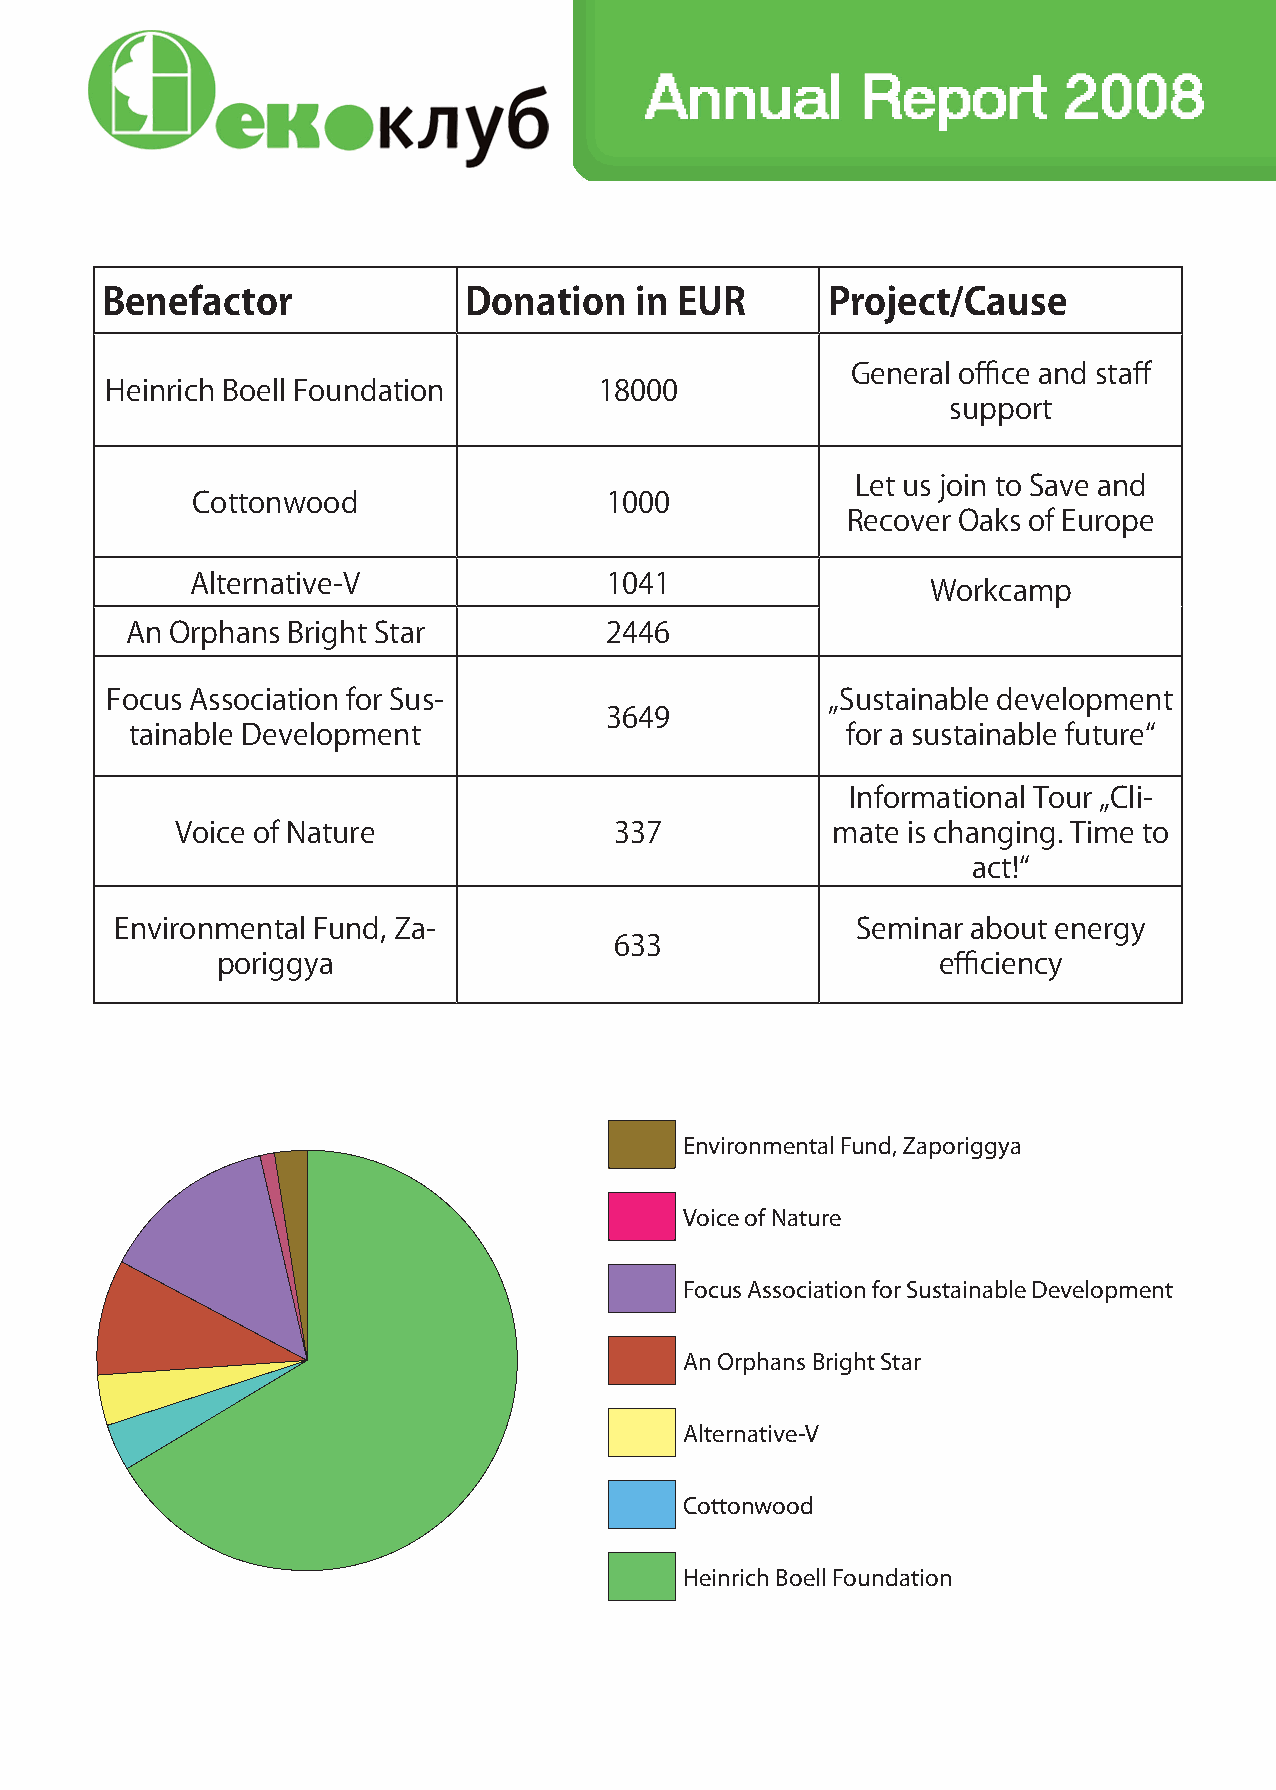
Benefactor              Donation   in EUR       Project/Cause
 General office and staff
 Heinrich Boell Foundation        18000
 support
 Let us join to Save and
 Cottonwood                 1000
 Recover Oaks of Europe
 Alternative-V              1041
 Workcamp
 An Orphans Bright Star          2446
 Focus Association for Sus-                      „Sustainable development
 3649
 tainable Development                           for a sustainable future“
 Informational Tour „Cli-
 Voice of Nature              337           mate is changing. Time to
 act!“
 Environmental Fund, Za-                          Seminar about energy
 633
 poriggya                                        efficiency
 Environmental Fund, Zaporiggya
 Voice of Nature
 Focus Association for Sustainable Development
 An Orphans Bright Star
 Alternative-V
 Cottonwood
 Heinrich Boell Foundation